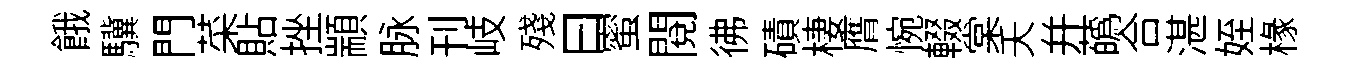
餓驥門菜貼挫顓脉刊岐殘曰蜜閲彿磧棲膺惋輟棠夭幷蘤合湛姪椽